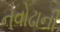
નવોઢાની